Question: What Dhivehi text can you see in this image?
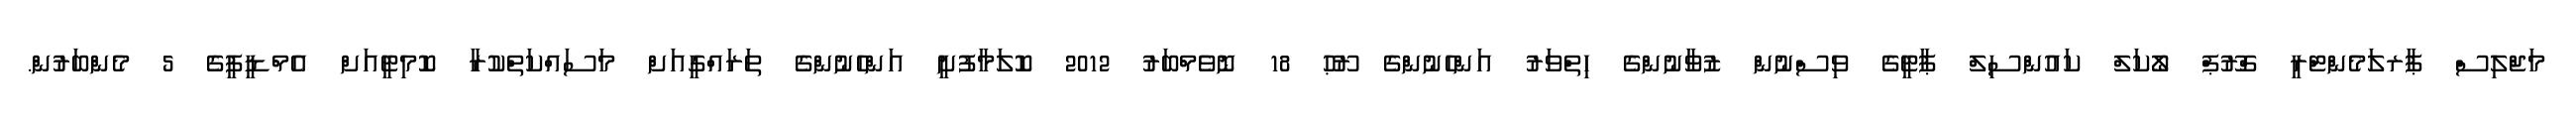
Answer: މަޖްލިސް ޕާރލަމެންޓްރީ ގްރޫޕް ލޯކަލް ކައުންސިލް ޕާޓީގެ ވިސްނުން ޒުވާނުންގެ ހިތްވަރު އަންހެނުންގެ ރޫޙު 18 ނޮވެމްބަރު 2012 ކޮލަމާފުށީ އަންހެނުންގެ ތަރައްގީއަށް މަސައްކަތްކުރާ ކޮމިޓީއަށް އެމްޑީޕީގެ 5 މެންބަރުން.